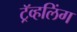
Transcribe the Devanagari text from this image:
ट्रॅव्हलिंग